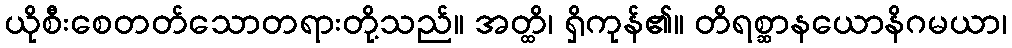
ယိုစီးစေတတ်သောတရားတို့သည်။ အတ္ထိ၊ ရှိကုန်၏။ တိရစ္ဆာနယောနိဂမယာ၊